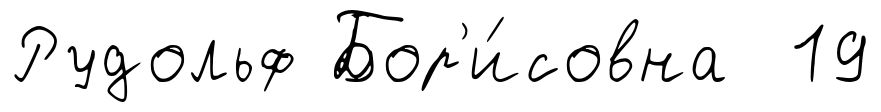
Рудольф Бор'и́совна 19